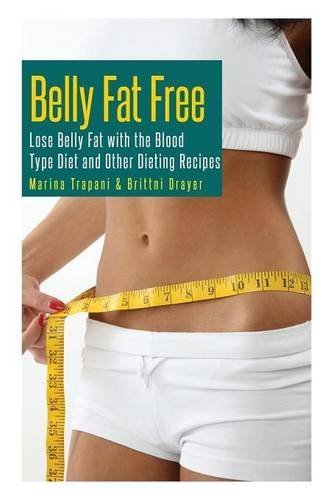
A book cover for Belly Fat Free: Lose Belly Fat with the Blood Type Diet and Other Dieting Recipes by Trapani, Marina, Drayer Brittni (2013) Paperback; Marina, Drayer Brittni Trapani; Health, Fitness & Dieting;